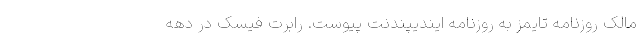
مالک روزنامه تایمز به روزنامه ایندیپندنت پیوست. رابرت فیسک در دهه